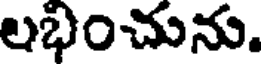
లభించును.